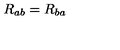
R _ { a b } = R _ { b a }